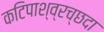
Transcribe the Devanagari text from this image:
कटिपाश्व्रच्छदा